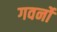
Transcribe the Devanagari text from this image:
गवर्नो